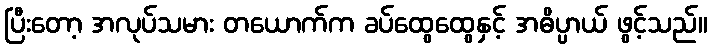
ပြီးတော့ အလုပ်သမား တယောက်က ခပ်ထွေထွေနှင့် အဓိပ္ပာယ် ဖွင့်သည်။